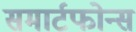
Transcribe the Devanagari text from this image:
समार्टफोन्स